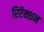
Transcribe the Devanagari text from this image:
रिऍक्शन